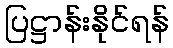
ပြဋ္ဌာန်းနိုင်ရန်